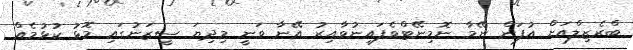
ބްރެޒިލްއަށް އުފަން ނޭމާ ނޮމިނޭޓްވެފައިނުވާއިރު އޭނާ ވަނީ މިދިޔަ ސީޒަނުގައި މޮޅު ކުޅުމެއް